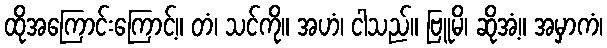
ထိုအကြောင်းကြောင့်။ တံ၊ သင်ကို။ အဟံ၊ ငါသည်။ ဗြူမိ၊ ဆိုအံ့။ အမှာကံ၊